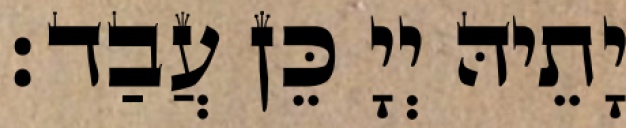
יָתֵיהּ יְיָ כֵּן עֲבַד׃